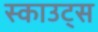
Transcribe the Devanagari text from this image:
स्‍काउट्स